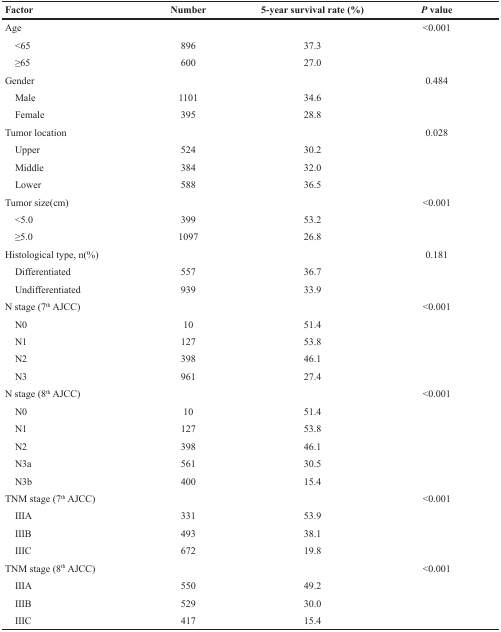
<table><thead><tr><td><b>Factor</b></td><td><b>Number</b></td><td><b>5-year survival rate (%)</b></td><td><b><i>P</i> value</b></td></tr></thead><tbody><tr><td>Age</td><td></td><td></td><td>&lt;0.001</td></tr><tr><td> &lt;65</td><td>896</td><td>37.3</td><td></td></tr><tr><td> ≥65</td><td>600</td><td>27.0</td><td></td></tr><tr><td>Gender</td><td></td><td></td><td>0.484</td></tr><tr><td> Male</td><td>1101</td><td>34.6</td><td></td></tr><tr><td> Female</td><td>395</td><td>28.8</td><td></td></tr><tr><td>Tumor location</td><td></td><td></td><td>0.028</td></tr><tr><td> Upper</td><td>524</td><td>30.2</td><td></td></tr><tr><td> Middle</td><td>384</td><td>32.0</td><td></td></tr><tr><td> Lower</td><td>588</td><td>36.5</td><td></td></tr><tr><td>Tumor size(cm)</td><td></td><td></td><td>&lt;0.001</td></tr><tr><td> &lt;5.0</td><td>399</td><td>53.2</td><td></td></tr><tr><td> ≥5.0</td><td>1097</td><td>26.8</td><td></td></tr><tr><td>Histological type, n(%)</td><td></td><td></td><td>0.181</td></tr><tr><td> Differentiated</td><td>557</td><td>36.7</td><td></td></tr><tr><td> Undifferentiated</td><td>939</td><td>33.9</td><td></td></tr><tr><td>N stage (7<sup>th</sup> AJCC)</td><td></td><td></td><td>&lt;0.001</td></tr><tr><td> N0</td><td>10</td><td>51.4</td><td></td></tr><tr><td> N1</td><td>127</td><td>53.8</td><td></td></tr><tr><td> N2</td><td>398</td><td>46.1</td><td></td></tr><tr><td> N3</td><td>961</td><td>27.4</td><td></td></tr><tr><td>N stage (8<sup>th</sup> AJCC)</td><td></td><td></td><td>&lt;0.001</td></tr><tr><td> N0</td><td>10</td><td>51.4</td><td></td></tr><tr><td> N1</td><td>127</td><td>53.8</td><td></td></tr><tr><td> N2</td><td>398</td><td>46.1</td><td></td></tr><tr><td> N3a</td><td>561</td><td>30.5</td><td></td></tr><tr><td> N3b</td><td>400</td><td>15.4</td><td></td></tr><tr><td>TNM stage (7<sup>th</sup> AJCC)</td><td></td><td></td><td>&lt;0.001</td></tr><tr><td> IIIA</td><td>331</td><td>53.9</td><td></td></tr><tr><td> IIIB</td><td>493</td><td>38.1</td><td></td></tr><tr><td> IIIC</td><td>672</td><td>19.8</td><td></td></tr><tr><td>TNM stage (8<sup>th</sup> AJCC)</td><td></td><td></td><td>&lt;0.001</td></tr><tr><td> IIIA</td><td>550</td><td>49.2</td><td></td></tr><tr><td> IIIB</td><td>529</td><td>30.0</td><td></td></tr><tr><td> IIIC</td><td>417</td><td>15.4</td><td></td></tr></tbody></table>